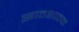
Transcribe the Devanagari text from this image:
सातशातक